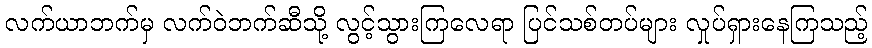
လက်ယာဘက်မှ လက်ဝဲဘက်ဆီသို့ လွင့်သွားကြလေရာ ပြင်သစ်တပ်များ လှုပ်ရှားနေကြသည့်